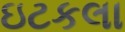
ઇટકલા